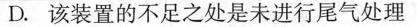
D.该装置的不足之处是未进行尾气处理